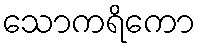
သောကရိကော